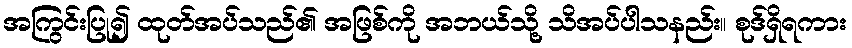
အကြွင်းပြု၍ ထုတ်အပ်သည်၏ အဖြစ်ကို အဘယ်သို့ သိအပ်ပါသနည်း။ စုဒ်ရှိရကား